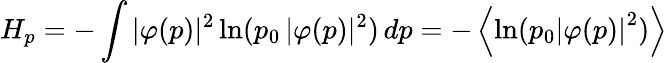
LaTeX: H_{p}=-\int|\varphi(p)|^{2}\ln(p_{0}\, |\varphi(p)|^{2})\, dp=-\left\langle\ln(p_{0}\left|\varphi(p)\right|^{2})\right\rangle